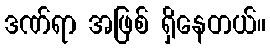
ဒဏ်ရာ အဖြစ် ရှိနေတယ်။